Lunatic asylums Punjab 1895-1910 - 1895-1910
Year: 1895
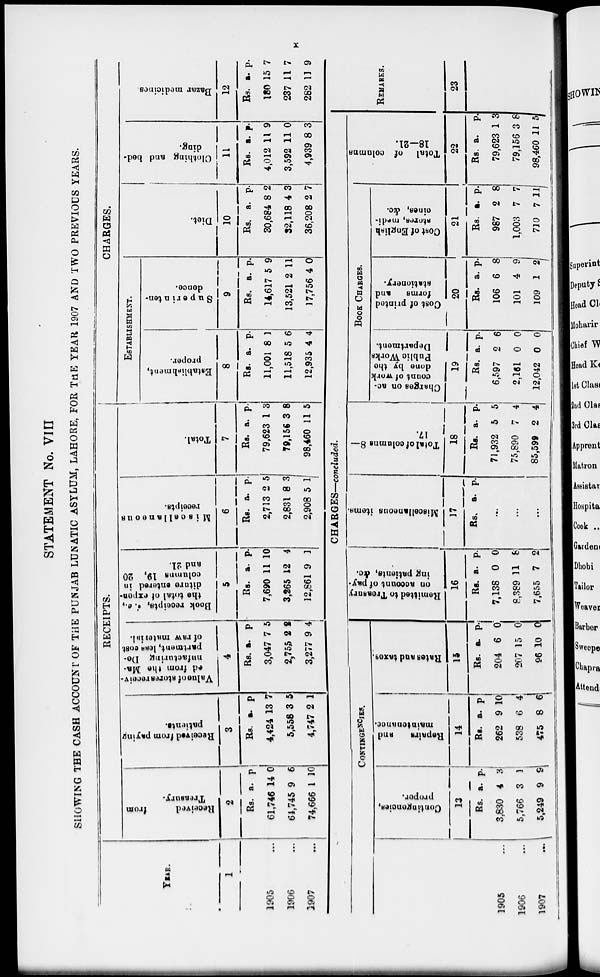
x
STATEMENT No. VIII
SHOWING THE CASH ACCOUNT OF THE PUNJAB LUNATIC ASYLUM, LAHORE, FOR THE YEAR 1907 AND TWO PREVIOUS YEARS.
YEAR.
1
1905 ...
1906 ...
1907 ...
RECEIPTS.
Received
from
Treasury.
2
Rs.
61,746
64,745
74,666
a.
14
9
1
p.
0
6
10
Received from paying
patients.
3
Rs.
4,424
5,558
4,747
a.
13
3
2
p.
7
5
1
Value of stores receiv-
ed from the Ma-
nufacturing De-
partment, less cost
of raw material.
4
Rs.
3,047
2,755
3,277
a.
7
2
9
p.
5
2
4
Book receipts, i. e.,
the total of expen-
diture entered in
columns 19, 20
and 21.
5
Rs.
7,690
3,265
12,861
a.
11
12
9
p.
10
4
1
Miscellaneous
receipts.
6
Rs.
2,713
2,831
2,908
a.
2
8
5
p.
5
3
1
Total.
7
Rs.
79,623
79,156
98,460
a.
1
3
11
p.
3
8
5
CHARGES.
ESTABLISHMENT.
Establishment,
proper.
8
Rs.
11,001
11,518
12,935
a.
8
5
4
p.
1
6
4
Superinten-
dence.
9
Rs.
14,617
13,521
17,756
a.
5
2
4
p.
9
11
0
Diet.
10
Rs.
30,684
32,118
36,208
a.
8
4
2
p.
2
3
7
Clothing and bed-
ding.
11
Rs.
4,012
3,592
4,939
a.
11
11
8
p.
9
0
3
Bazar medicines.
12
Rs.
180
237
282
a.
15
11
11
p.
7
7
9
CHARGES—concluded.
CONTINGENCIES.
1905 ...
1906 ...
1907 ...
Contingencies,
proper.
13
Rs.
3,830
5,766
5,249
a.
4
3
9
p.
3
1
9
Repairs
and
maintenance.
14
Rs.
262
538
475
a.
9
6
8
p.
10
4
6
Rates and taxes.
15
Rs.
204
207
96
a.
6
15
10
p. 0
0
0
Remitted to Treasury
on account of pay-
ing patients, &c.
16
Rs.
7,138
8,389
7,655
a.
0
11
7
p.
0
8
2
Miscellaneous items
17
Rs. a. p.
...
...
...
Total of columns 8—
17.
18
Rs.
71,932
75,890
85,599
a.
5
7
2
p.
5
4
4
BOOK CHARGES.
Charges on ac-
count of work
done by the
Public Works
Department.
19
Rs.
6,597
2,161
12,042
a.
2
0
0
p.
6
0
0
Cost of printed
forms
and
stationery.
20
Rs.
106
101
109
a.
6
4
1
p.
8
9
2
Cost of English
stores, medi-
cines, &c.
21
Rs.
987
1,003
710
a.
2
7
7
p.
8
7
11
Total of columns
18—21.
22
Rs.
79,623
79,156
98,460
a.
1
3
11
p.
3
8
5
REMARKS.
23